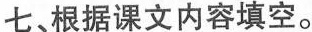
七、根据课文内容填空。